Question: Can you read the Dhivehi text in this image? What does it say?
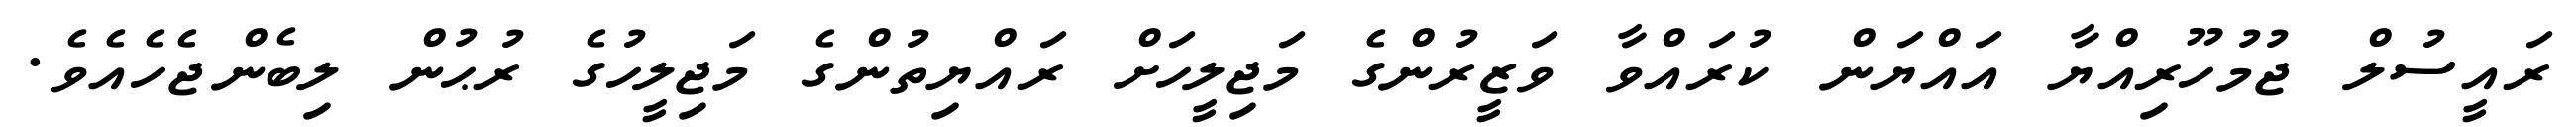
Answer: ރައީސުލް ޖުމުހޫރިއްޔާ އައްޔަން ކުރައްވާ ވަޒީރުންގެ މަޖިލީހަށް ރައްޔިތުންގެ މަޖިލީހުގެ ރުޙުން ލިބެންޖެހެއެވެ.